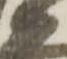
衛